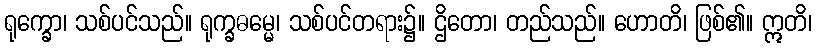
ရုက္ခော၊ သစ်ပင်သည်။ ရုက္ခဓမ္မေ၊ သစ်ပင်တရား၌။ ဌိတော၊ တည်သည်။ ဟောတိ၊ ဖြစ်၏။ ဣတိ၊